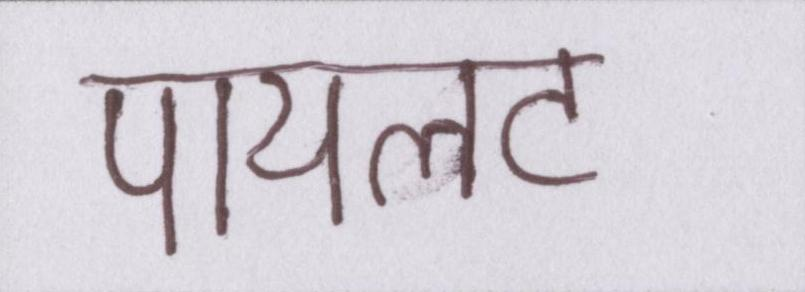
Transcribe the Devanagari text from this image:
पायलट